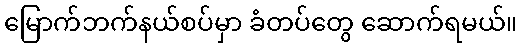
မြောက်ဘက်နယ်စပ်မှာ ခံတပ်တွေ ဆောက်ရမယ်။